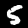
Label: 5